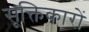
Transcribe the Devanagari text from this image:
सूक्तिकारों